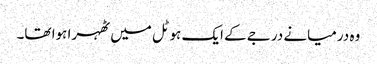
وہ درمیانے درجے کے ایک ہوٹل میں ٹھہرا ہوا تھا۔